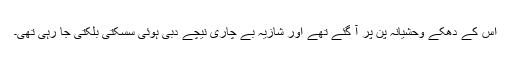
اس کے دھکے وحشیانہ پن پر آ گئے تھے اور شازیہ بے چاری نیچے دبی ہوئی سسکتی بلکتی جا رہی تھی۔